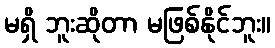
မရှိ ဘူးဆိုတာ မဖြစ်နိုင်ဘူး။